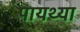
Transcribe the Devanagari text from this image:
पायथ्या